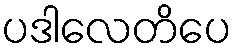
ပဒါလေတိပေ